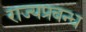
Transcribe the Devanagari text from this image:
राज्यप्रबन्ध